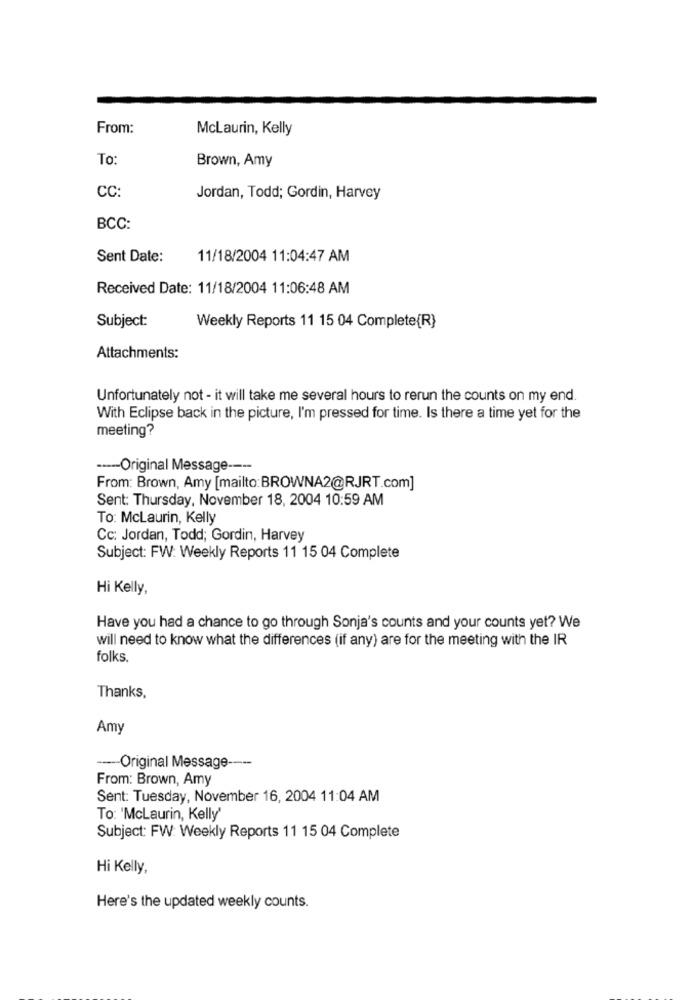
From:
McLaurin, Kelly
To:
Brown, Amy
CC:
Jordan, Todd; Gordin, Harvey
BCC:
Sent Date:
11/18/2004 11:04:47 AM
Received Date: 11/18/2004 11:06:48 AM
Subject:
Weekly Reports 11 15 04 Complete{R}
Attachments:
Unfortunately not - it will take me several hours to rerun the counts on my end.
With Eclipse back in the picture, I'm pressed for time. Is there a time yet for the
meeting?
----- Original Message ----
From: Brown, Amy [mailto:BROWNA2@RJRT.com]
Sent: Thursday, November 18, 2004 10:59 AM
To: McLaurin, Kelly
Cc: Jordan, Todd; Gordin, Harvey
Subject: FW: Weekly Reports 11 15 04 Complete
Hi Kelly,
Have you had a chance to go through Sonja's counts and your counts yet? We
will need to know what the differences (if any) are for the meeting with the IR
folks.
Thanks,
Amy
----- Original Message ----
From: Brown, Amy
Sent: Tuesday, November 16, 2004 11:04 AM
To: 'McLaurin, Kelly'
Subject: FW: Weekly Reports 11 15 04 Complete
Hi Kelly,
Here's the updated weekly counts.